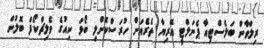
ރިލްވާން ބަލެސްޓިއާ ޕެނަލްޓީ އޭރިޔާ ތެރެއަށް ހުރަސްކޮށްލި ބޯޅަ ނިއުގެ ވެލިޗްކޯފް ބޮލުން